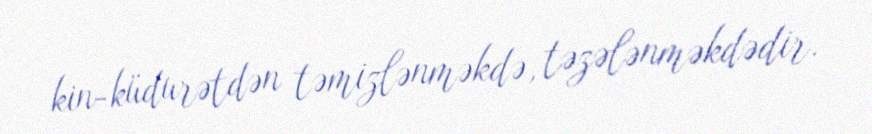
kin-küdurətdən təmizlənməkdə, təzələnməkdədir.